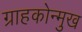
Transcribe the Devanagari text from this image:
ग्राहकोन्मुख